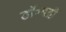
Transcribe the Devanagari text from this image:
डॉ०बद्री